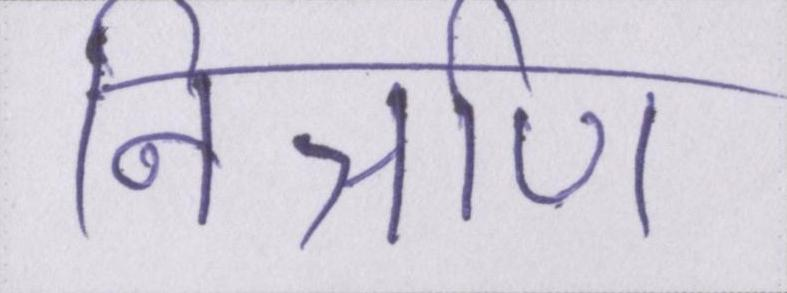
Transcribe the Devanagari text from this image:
निर्ञाण